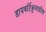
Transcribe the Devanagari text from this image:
डायवर्टिकुलाइटिस